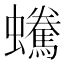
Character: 𧔟